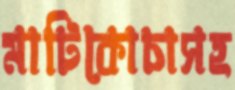
মাটিকোচাসহ